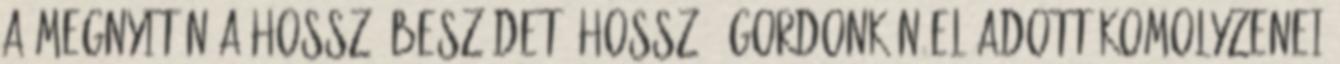
a megnyitón a hosszú beszédet, hosszú, gordonkán előadott komolyzenei